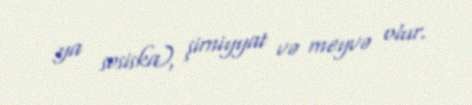
ya sosiska), şirniyyat və meyvə olur.